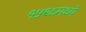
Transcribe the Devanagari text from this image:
१५९६मध्ये